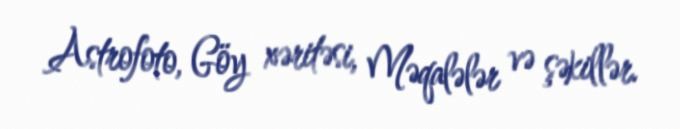
Astrofoto, Göy xəritəsi, Məqalələr və şəkillər.